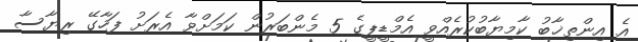
އެ އިންތިޚާބު ކާމިޔާބުކުރެއްވީ އެމްޑީޕީގެ 5 މެންބަރުން ކަމަށްވާ އެރަށު ފަހާގޭ ރިޔާސާ